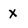
Character: x